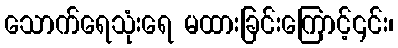
သောက်ရေသုံးရေ မထားခြင်းကြောင့်၎င်း၊